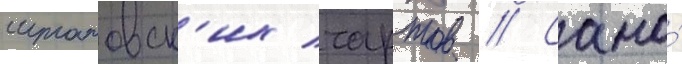
штатовск'их чартов // Само́